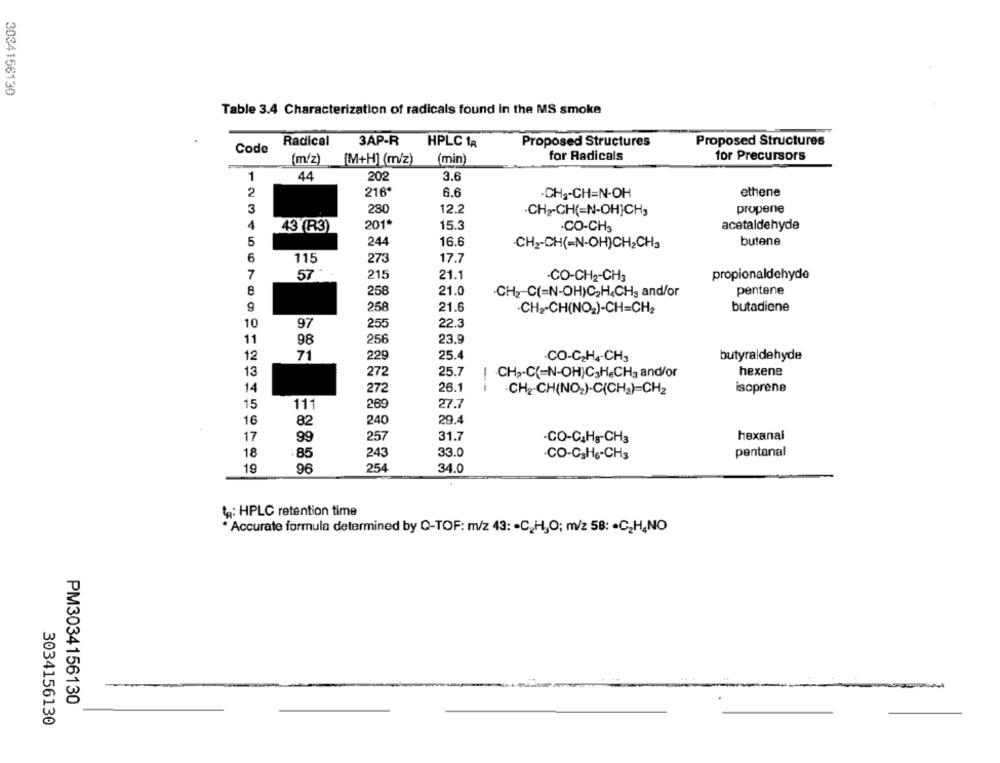
3034156130
Table 3.4 Characterization of radicals found in the MS smoke
Radical 3AP-R
HPLC ta
Proposed Structures
Proposed Structures
Code
(m/z)
(M+H] (m/z)
(min)
for Radicals
for Precursors
1
44
202
3.6
2
216*
6.6
ethene
-CH-CH=N-OH
3
280
12.2
CH2-CH(=N-OH]CH,
propene
4
43 (R3)
201*
15.3
.CO-CH3
acetaldehyde
5
244
16.6
-CH2-CH(=N-OH)CH2CH3
butene
6
115
273
17.7
7
21.1
57
215
CO-CH2-CH3
propionaldehyde
21.0
pentene
258
CH2 C(=N-OH)C,H&CH, and/or
9
258
21.6
-CH2-CH(NO2)-CH=CH2
butadiene
10
97
255
22.3
11
98
256
23.9
12
71
229
25.4
CO-C2H4-CH3
butyraldehyde
13
272
25.7
CHa-C(=N-OH)C,H&CH3 and/or
hexene
14
272
26.1
--
-CH2-CH(NO2)-C(CHg)=CH2
isoprene
15
111
27.7
269
29.4
16
82
240
17
99
257
31.7
.CO-C,Hg-CH3
hexanal
18
.85
243
33.0
CO-C3H6-CH3
pentanal
19
96
254
34.0
tp: HPLC retention time
* Accurate formula determined by Q-TOF: m/z 43: - C_ H,O; m/z 58: · C2H¿NO
PM3034156130
3034156130